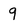
Character: 9